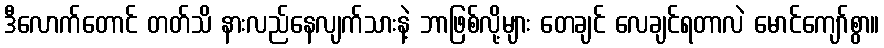
ဒီလောက်တောင် တတ်သိ နားလည်နေလျက်သားနဲ့ ဘာဖြစ်လို့များ တေချင် လေချင်ရတာလဲ မောင်ကျော်စွာ။